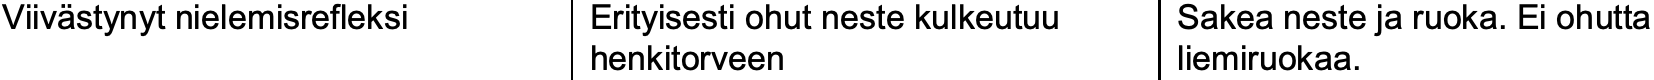
Viivästynyt nielemisrefleksi Erityisesti ohut neste kulkeutuu Sakea neste ja ruoka. Ei ohutta henkitorveen        liemiruokaa.